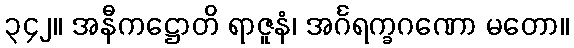
၃၄၂။ အနီကဋ္ဌောတိ ရာဇူနံ၊ အင်္ဂရက္ခဂဏော မတော။